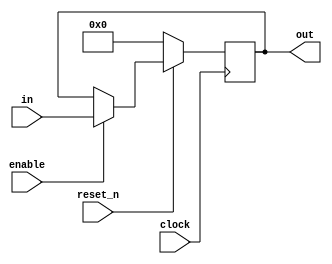
module register9 (clock, reset_n, in, out, enable);
	input clock, reset_n, enable;
	input [8:0] in;
	output reg [8:0] out;

	always @(posedge clock)
		if(reset_n == 1'b0) out <= 9'b000000000;
		else if (enable == 1'b1) out <= in;
		else out <= out;
endmodule 

module register8 (clock, reset_n, in, out, enable);
	input clock, reset_n, enable;
	input [7:0] in;
	output reg [7:0] out;

	always @(posedge clock)
		if(reset_n == 1'b0) out <= 8'b00000000;
		else if (enable == 1'b1) out <= in;
		else out <= out;
endmodule 

module register1 (clock, reset_n, in, out, enable);
	input clock, reset_n, enable, in;
	output reg out;
	
	always @(posedge clock)
		if (reset_n == 1'b0) out <= 1'b0;
		else if (enable == 1'b1) out <= in;
		else out <= out;
endmodule

module register32 (clock, reset_n, in, out, enable);
	input clock, reset_n, enable;
	input [31:0] in;
	output reg [31:0] out;
	
	always @(posedge clock)
		if (reset_n == 1'b0) out <= 32'b0;
		else if (enable == 1'b1) out <= in;
		else out <= out;
endmodule